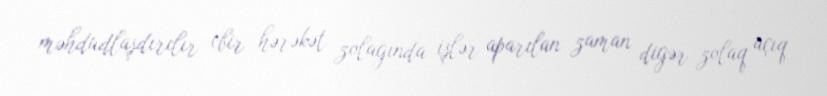
məhdudlaşdırılır (bir hərəkət zolağında işlər aparılan zaman digər zolaq açıq